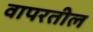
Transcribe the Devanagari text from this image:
वापरतील